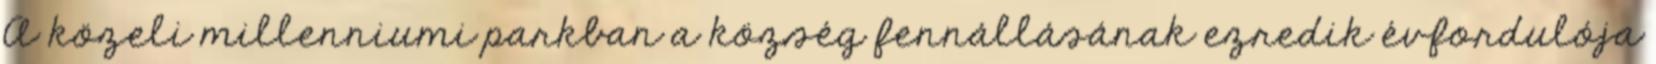
A közeli millenniumi parkban a község fennállásának ezredik évfordulója